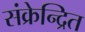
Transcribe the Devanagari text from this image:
संक्रेन्द्रित